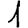
Digit: 1